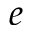
e